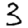
Digit: 3